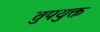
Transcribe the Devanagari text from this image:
तुपयुक्त